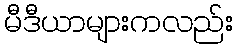
မီဒီယာများကလည်း